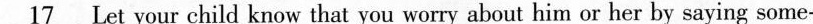
\underline{17} Let your child know that you worry about him or her by saying some-